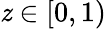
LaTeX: \mathit{z}\in[0,1)